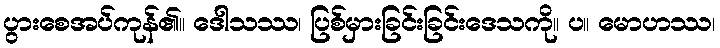
ပွားစေအပ်ကုန်၏။ ဒေါသဿ၊ ပြစ်မှားခြင်းခြင်းဒေသကို။ ပ။ မောဟဿ၊